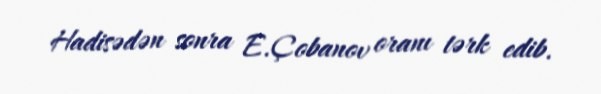
Hadisədən sonra E.Çobanov oranı tərk edib.